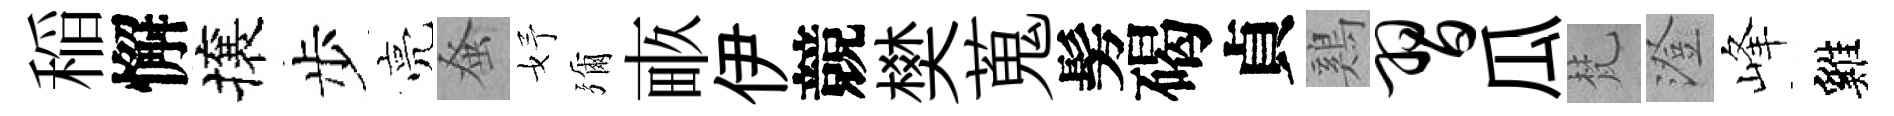
稲懈攘步亮𫊫妤彌畞伊競樊蒐髣碣貞鷄习瓜梵澄峰雞